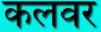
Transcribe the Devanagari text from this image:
कलवर